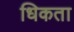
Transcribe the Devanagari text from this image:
धिकता